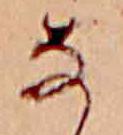
な